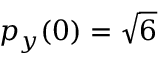
p _ { y } ( 0 ) = \sqrt { 6 }